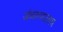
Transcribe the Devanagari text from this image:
अंथरूणालाच